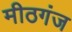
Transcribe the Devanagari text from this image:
मीठगंज